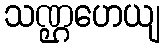
သဏ္ဌဟေယျ